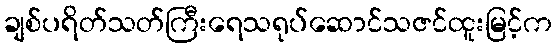
ချစ်ပရိတ်သတ်ကြီးရေသရုပ်ဆောင်သဇင်ထူးမြင့်က